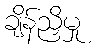
ချိန်ညှိမှု